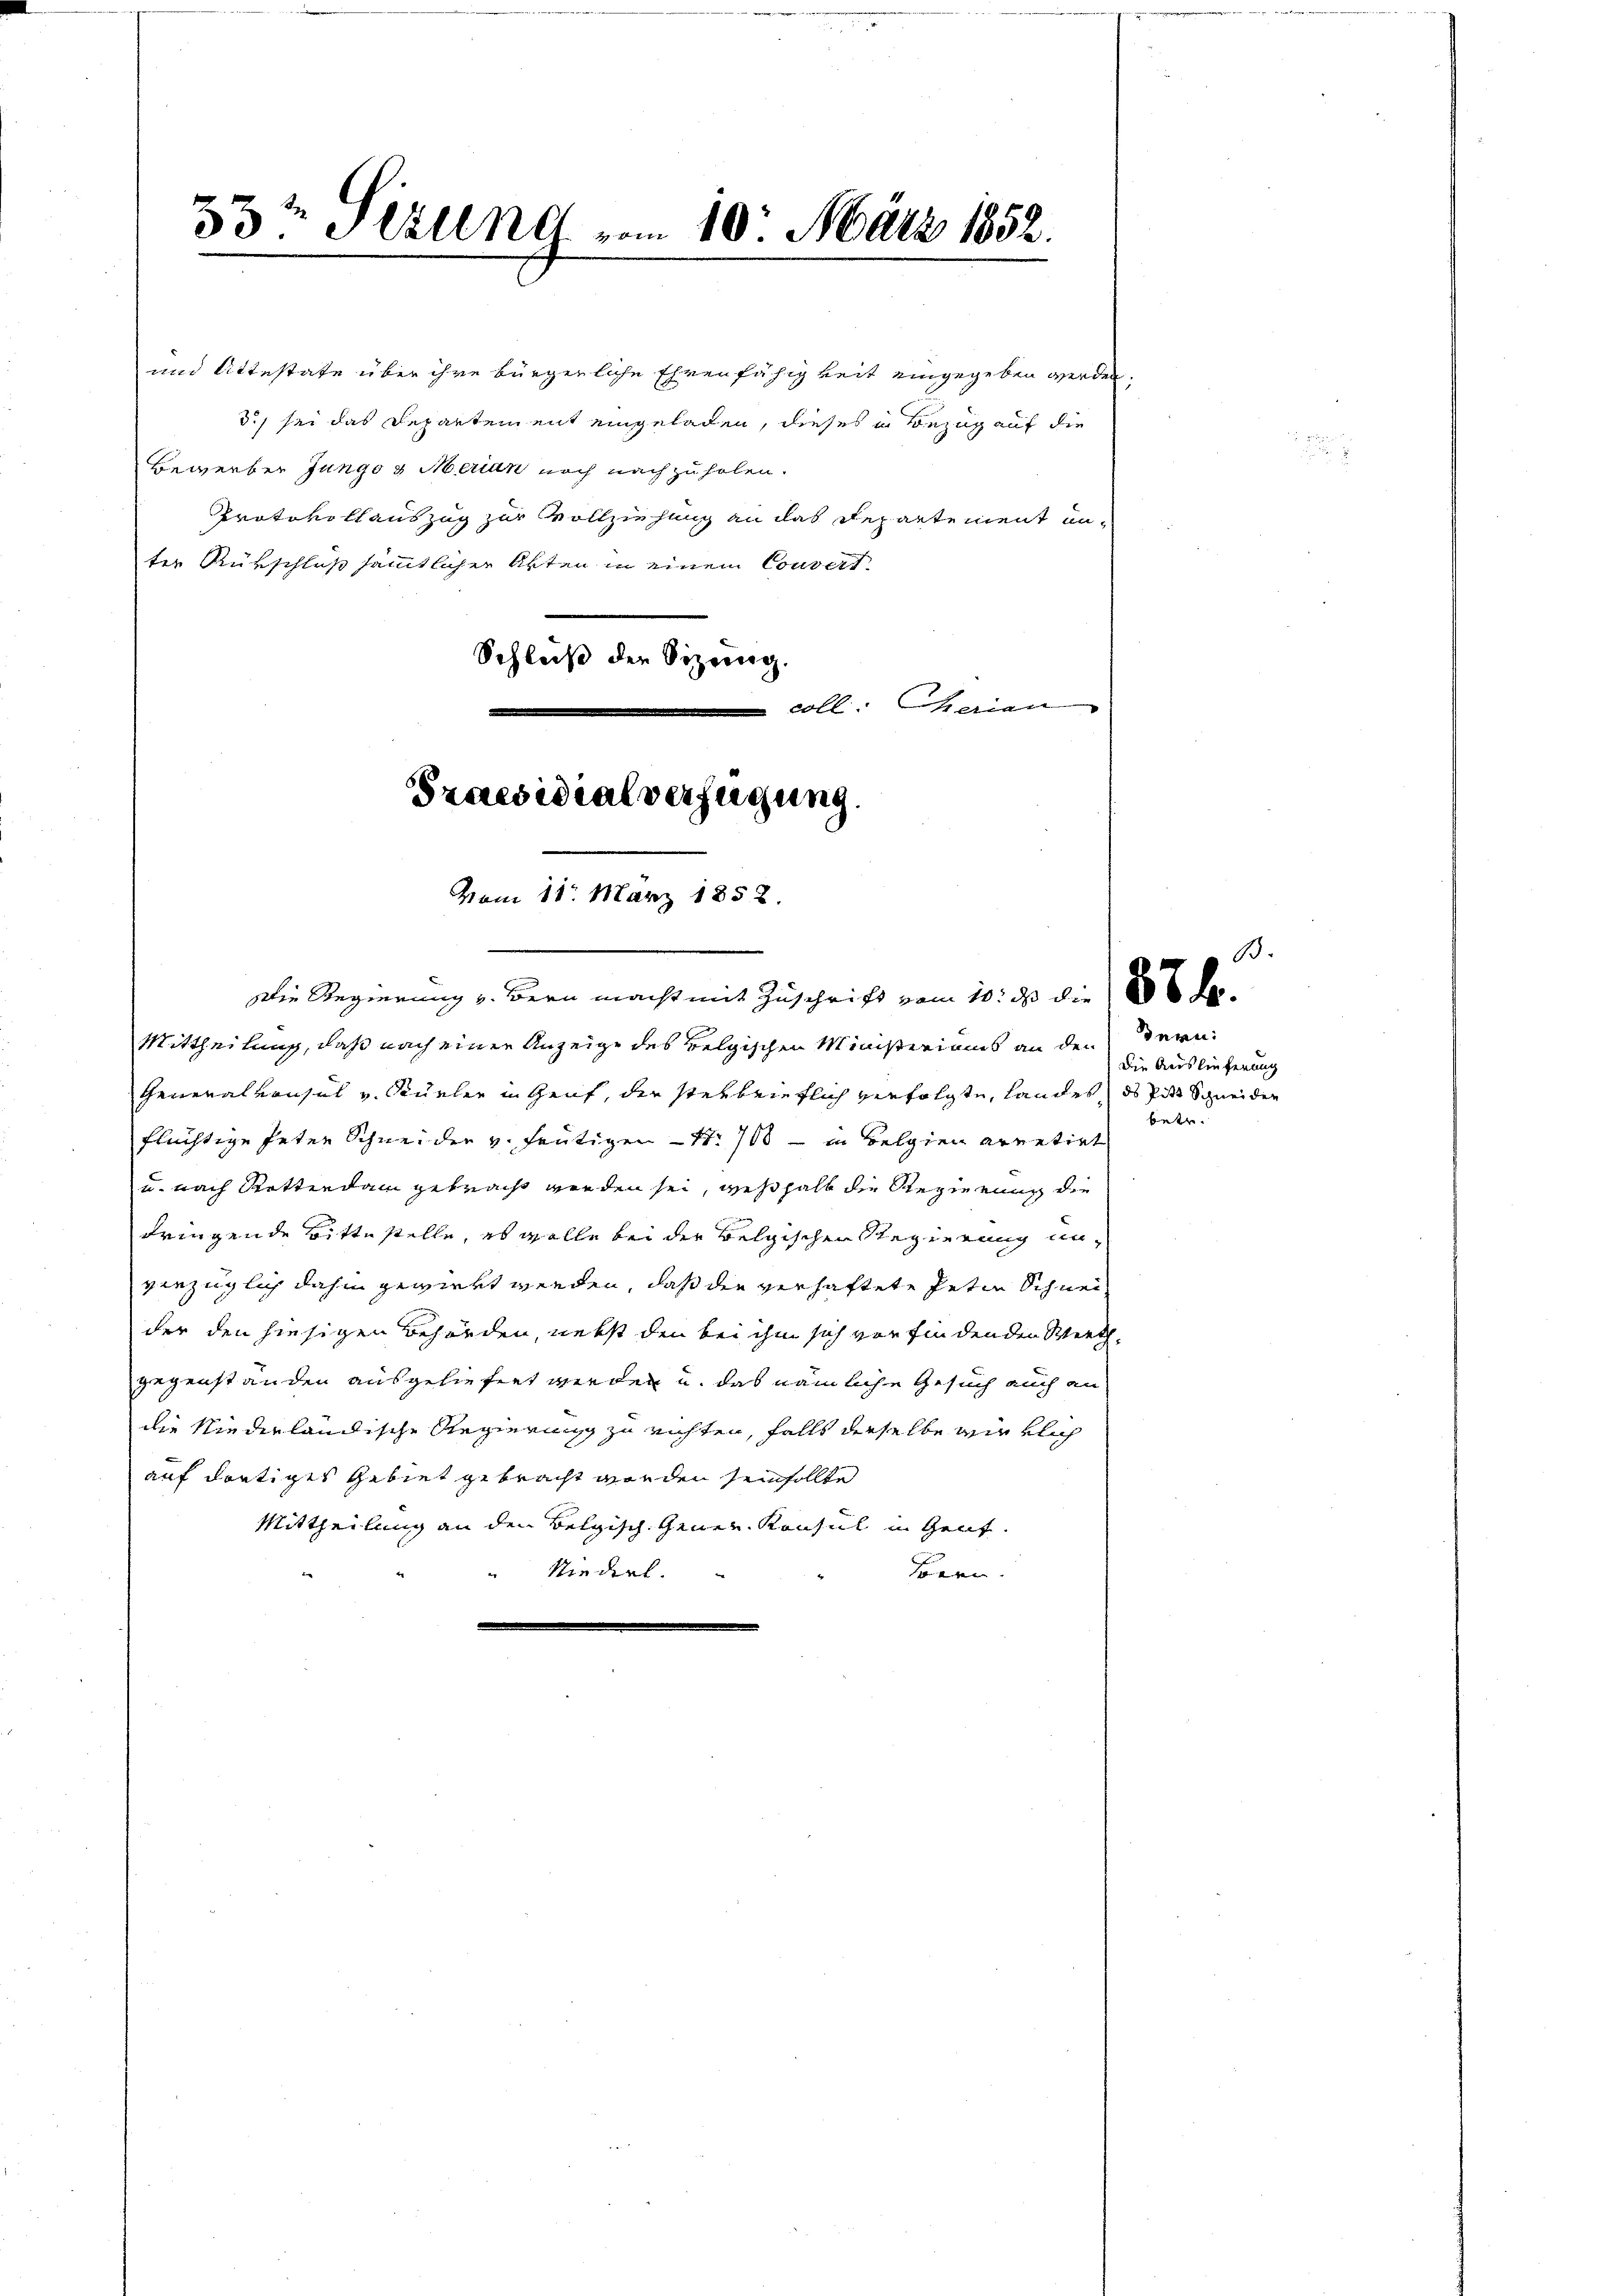
33t Firung vom 10. März 1852.

Vom 11. März 1858.

Die Regierung v. Bern macht mit Zuschrift vom 10. ds die 1886 de
Mittheilung, daß nach einer Anzeige des velgischen Ministeriums an den
Generalkonsul v. Stürler in Gruf, der sterbrieflich verfolgte, Landes ds Pist Schneiden
flüchtige Peter Schneider v. heutigen – Nr. 100 - in Belgien arretirt
u. nach Retterdam getracht werden sei, weßhalb die Regierung die
dringende Bittestelle, es wolle bei der Belgischen Regierung unviezüglich dahin gewiert werden, daß der verhaftete Petin Schneider den hiesigen Behörden, nebst den bei ihm sich vor findenden Werthgegenständen ausgeliefert werden u. das nämliche Gesuch auch an
die Niederländische Regierung zu richten, falls derselbe wirklich
auf dortiges Gebiet gebracht worden sein sollte
Mittheilung an den Belgisch Gener Konsul in Genf.
“ Niederl.
Bern.

und Attestate über ihre bürgerliche Ehrenfähigkeit eingegeben werden.
3., sei das Departement eingeladen, dieses in Bezug auf die
Bewerber Jungo u Merian noch nachzuholen.
Protokollauszug zur Vollziehung an das Departement un-
ter Rükschluß sämmtlicher Akten in einem Couvert
Schluß der Sitzung.
 coll. Charian
d
Praesidialverfügung.

dern:
Die Auslieferung
betr.

B.